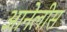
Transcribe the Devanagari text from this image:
आनेलीस